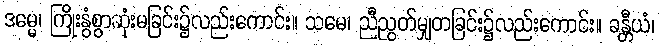
ဒမ္မေ၊ ကြိုးနွံစွာဆုံးမခြင်း၌လည်းကောင်း။ သမေ၊ ညီညွတ်မျှတခြင်း၌လည်းကောင်း။ ခန္တီယံ၊